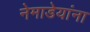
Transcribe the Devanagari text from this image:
नेमाडेयांना